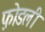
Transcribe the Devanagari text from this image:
फ़ोडली